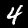
Digit: 4